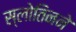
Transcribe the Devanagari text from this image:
स्लोतिनने